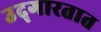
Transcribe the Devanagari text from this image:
उद्‌गारतात